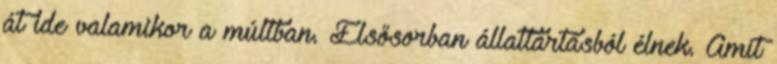
át ide valamikor a múltban. Elsősorban állattartásból élnek. Amit